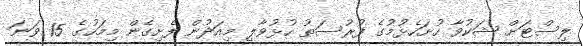
ލިސްޓަށް ޝަކުވާ ހުށަހެޅުމުގެ ފުރުސަތު ހުޅުވާލީ މިއަދުން ފެށިގެން މިމަހުގެ 15 ވަނަ